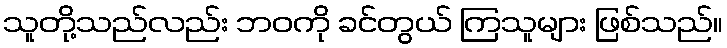
သူတို့သည်လည်း ဘဝကို ခင်တွယ် ကြသူများ ဖြစ်သည်။